Lunatic asylums Punjab 1868-1880 - 1868-1880
Year: 1868
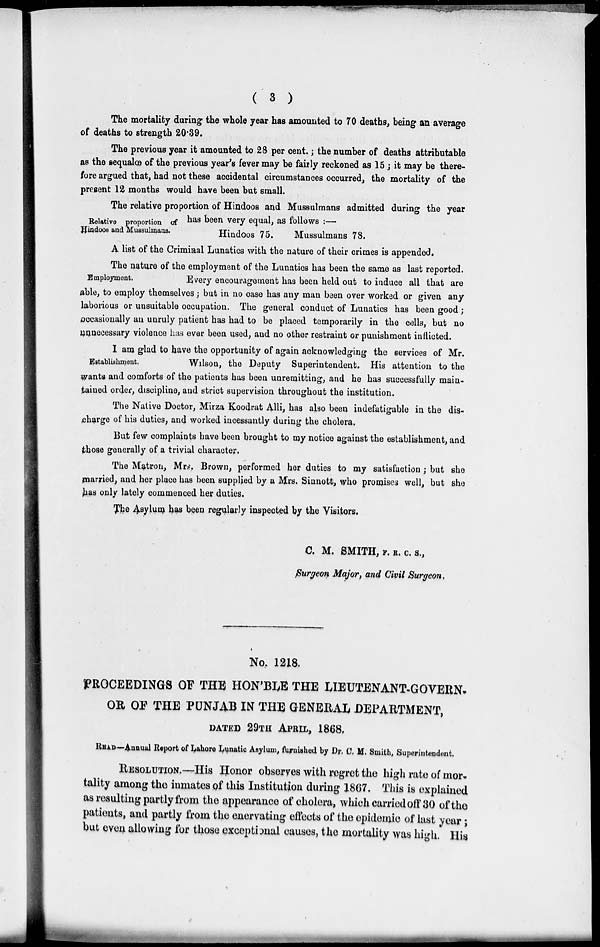
( 3 )
The mortality during the whole year has amounted to 70 deaths, being an average
of deaths to strength 20.39.
The previous year it amounted to 28 per cent.; the number of deaths attributable
as the sequalœ of the previous year's fever may be fairly reckoned as 15 ; it may be there-
fore argued that, had not these accidental circumstances occurred, the mortality of the
present 12 months would have been but small.
Relative proportion of
Hindoos and Mussulmans.
The relative proportion of Hindoos and Mussulmans admitted during the year
has been very equal, as follows :—
Hindoos 75.
Mussulmans 78.
A list of the Criminal Lunatics with the nature of their crimes is appended.
Employment.
The nature of the employment of the Lunatics has been the same as last reported.
Every encouragement has been held out to induce all that are
able, to employ themselves ; but in no case has any man been over worked or given any
laborious or unsuitable occupation. The general conduct of Lunatics has been good ;
occasionally an unruly patient has had to be placed temporarily in the cells, but no
unnecessary violence has ever been used, and no other restraint or punishment inflicted.
Establishment.
I am glad to have the opportunity of again acknowledging the services of Mr.
Wilson, the Deputy Superintendent. His attention to the
wants and comforts of the patients has been unremitting, and he has successfully main-
tained order, discipline, and strict supervision throughout the institution.
The Native Doctor, Mirza Koodrat Alli, has also been indefatigable in the dis-
charge of his duties, and worked incessantly during the cholera,
But few complaints have been brought to my notice against the establishment, and
those generally of a trivial character.
The Matron, Mrs. Brown, performed her duties to my satisfaction ; but she
married, and her place has been supplied by a Mrs. Sinnott, who promises well, but she
has only lately commenced her duties.
The Asylum has been regularly inspected by the Visitors.
C. M. SMITH, F. R. C. S.,
Surgeon Major, and Civil Surgeon.
No. 1218.
PROCEEDINGS OF THE HON'BLE THE LIEUTENANT-GOVERN.
OR OF THE PUNJAB IN THE GENERAL DEPARTMENT,
DATED 29TH APRIL, 1868,
READ—Annual Report of Lahore Lunatic Asylum, furnished by Dr. C. M. Smith, Superintendent.
RESOLUTION.—His Honor observes with regret the high rate of mor-
tality among the inmates of this Institution during 1867. This is explained
as resulting partly from the appearance of cholera, which carried off 30 of the
patients, and partly from the enervating effects of the epidemic of last year ;
but even allowing for those exceptional causes, the mortality was high. His